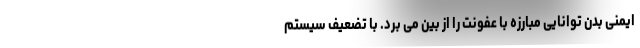
ایمنی بدن توانایی مبارزه با عفونت را از بین می برد. با تضعیف سیستم